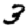
Digit: 3